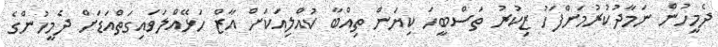
ދެމީހުން ނަމާދުކުރުމަށްފަހު ޒިކުރު ތަސްބީހަ ކިޔަން ތިއްބާ ކުއްލިއަކަށް އާޒް ހަޅޭއްލަވައިގަތްއަޑަށް ދެމީހުންގެ